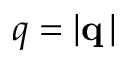
q = | { \bf q } \, |